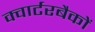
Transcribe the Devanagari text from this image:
क्वार्टरबैकों